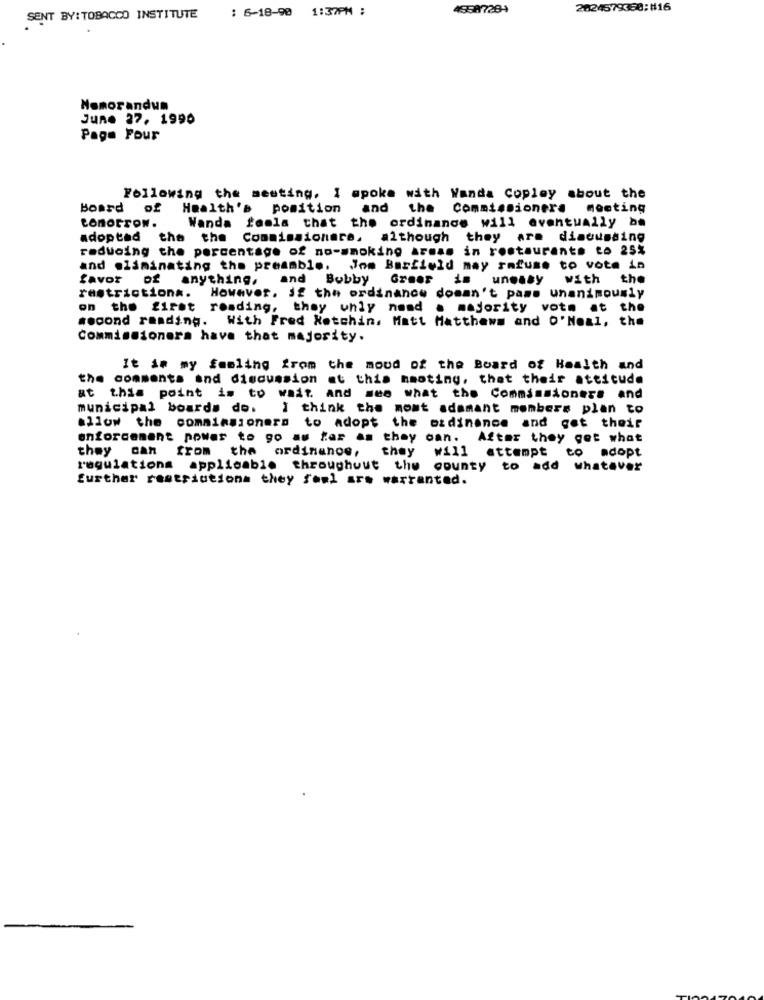
: 6-18-90 1:37PM :
4958728-4
2024579330:#16
SENT BY: TOBACCO INSTITUTE
Memorandum
June 27. 1990
Page Four
Following the meeting, I spoke with Wanda Copley about the
Board
of
Health's position and
the Commissioners moeting
conorTON.
Wanda
feels that the ordinance will eventually be
adopted the the Commissionare, although they are discussing
reducing the percentage of no-smoking areas in restaurants to 25%
and eliminating the preamble. Jom Barfield may refuse to vote in
favor of anything, and Bobby Greer is uneasy
with
the
restrictions. However. if the ordinance doesn't pass unanimously
on the first roading, they whly nomd . majority vote at the
second reading. With Fred Ketchin, Matt Matthews and O'Neal, the
Commissioners have that majority.
It in my feeling from the moud of the Board of Health and
the comments and discussion at this hmoting, that their attitude
at this point is to wait and see what the Commissioners and
municipal boards do.
I think the most adamant members plan to
allow the commissioners to adopt the ordinance and get their
enforcement power to go as far as they can. After they got what
they can from the ordinance,
they will attempt to adopt
regulations applicable throughout
the county to add whatever
further restrictions they fowl ars warranted.